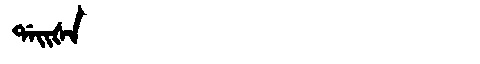
Manchu: ᡩᠠᡳᡧᠠ
Romanization: DAIŠA